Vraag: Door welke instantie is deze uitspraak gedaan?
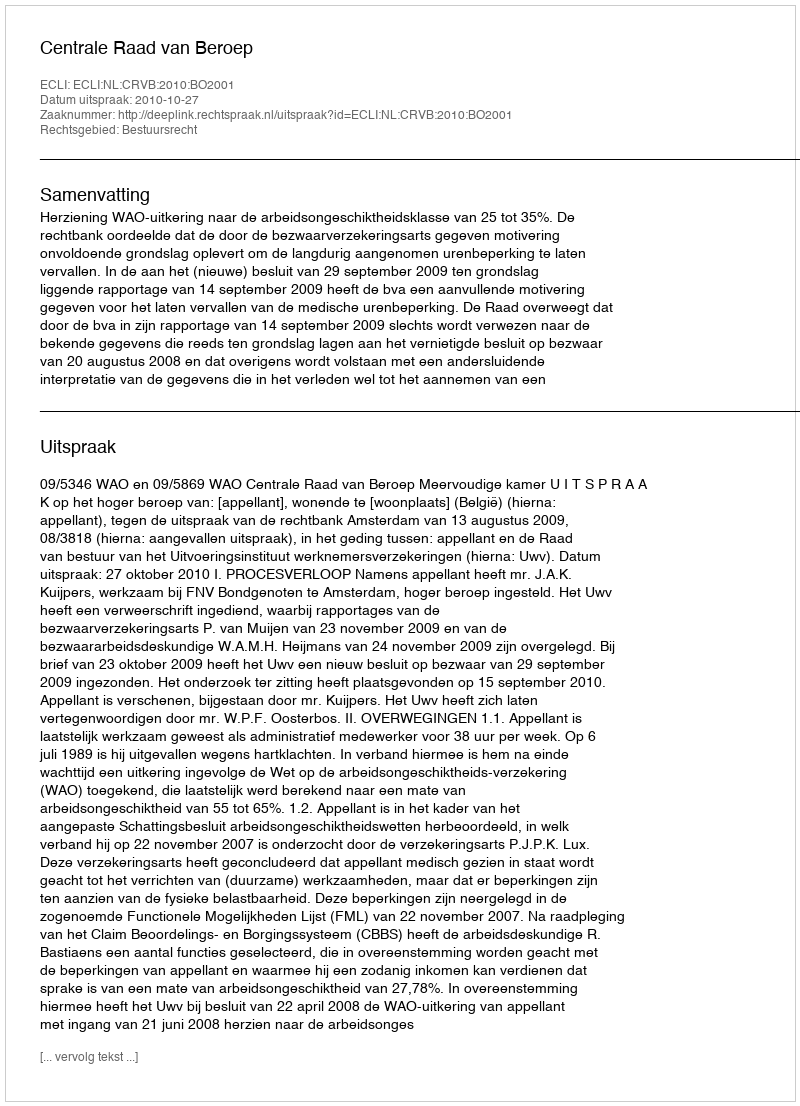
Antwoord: Centrale Raad van Beroep